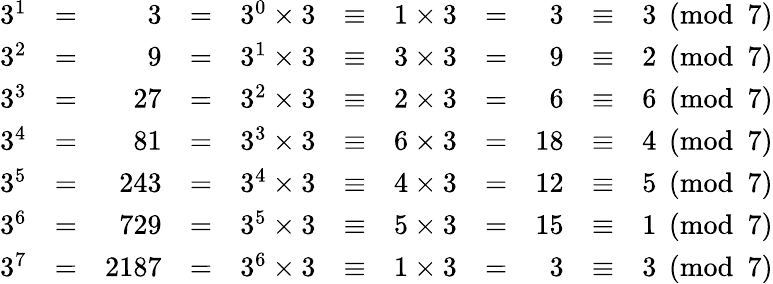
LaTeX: \begin{array}{rcrcrcrcrcr}{3^{1}}&{=}&{3}&{=}&{3^{0}\times 3}&{\equiv}&{1\times 3}&{=}&{3}&{\equiv}&{3{\pmod{7}}}\\ {3^{2}}&{=}&{9}&{=}&{3^{1}\times 3}&{\equiv}&{3\times 3}&{=}&{9}&{\equiv}&{2{\pmod{7}}}\\ {3^{3}}&{=}&{27}&{=}&{3^{2}\times 3}&{\equiv}&{2\times 3}&{=}&{6}&{\equiv}&{6{\pmod{7}}}\\ {3^{4}}&{=}&{81}&{=}&{3^{3}\times 3}&{\equiv}&{6\times 3}&{=}&{18}&{\equiv}&{4{\pmod{7}}}\\ {3^{5}}&{=}&{243}&{=}&{3^{4}\times 3}&{\equiv}&{4\times 3}&{=}&{12}&{\equiv}&{5{\pmod{7}}}\\ {3^{6}}&{=}&{729}&{=}&{3^{5}\times 3}&{\equiv}&{5\times 3}&{=}&{15}&{\equiv}&{1{\pmod{7}}}\\ {3^{7}}&{=}&{2187}&{=}&{3^{6}\times 3}&{\equiv}&{1\times 3}&{=}&{3}&{\equiv}&{3{\pmod{7}}}\end{array}